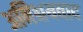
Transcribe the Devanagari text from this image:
अनिश्चयवाद